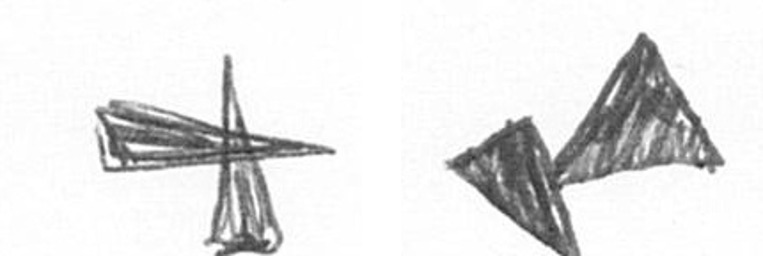
G F